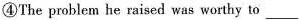
④The problem he raised was worthy to ___